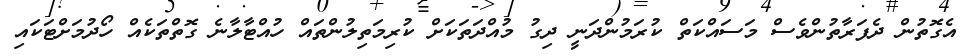
އެގޮތުން ދެފަރާތުންވެސް މަސައްކަތް ކުރަމުންދަނީ ދިގު މުއްދަތަކަށް ކުރިމަތިލުންތައް ހުއްޓާލާނެ ގޮތްތަކެއް ހޯދުމަށްޓަކައި